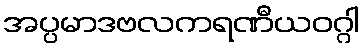
အပ္ပမာဒဗလကရဏီယဝဂ္ဂါ